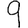
Digit: 9